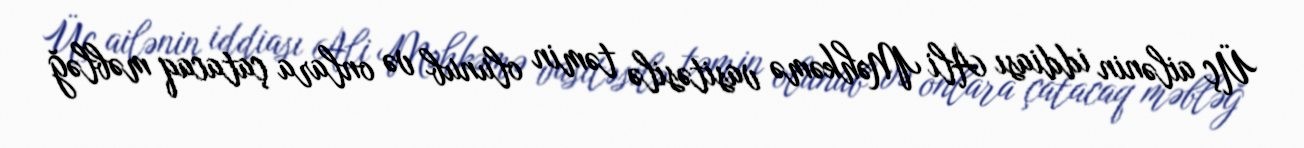
Üç ailənin iddiası Ali Məhkəmə vasitəsilə təmin olunub və onlara çatacaq məbləğ